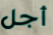
أجل